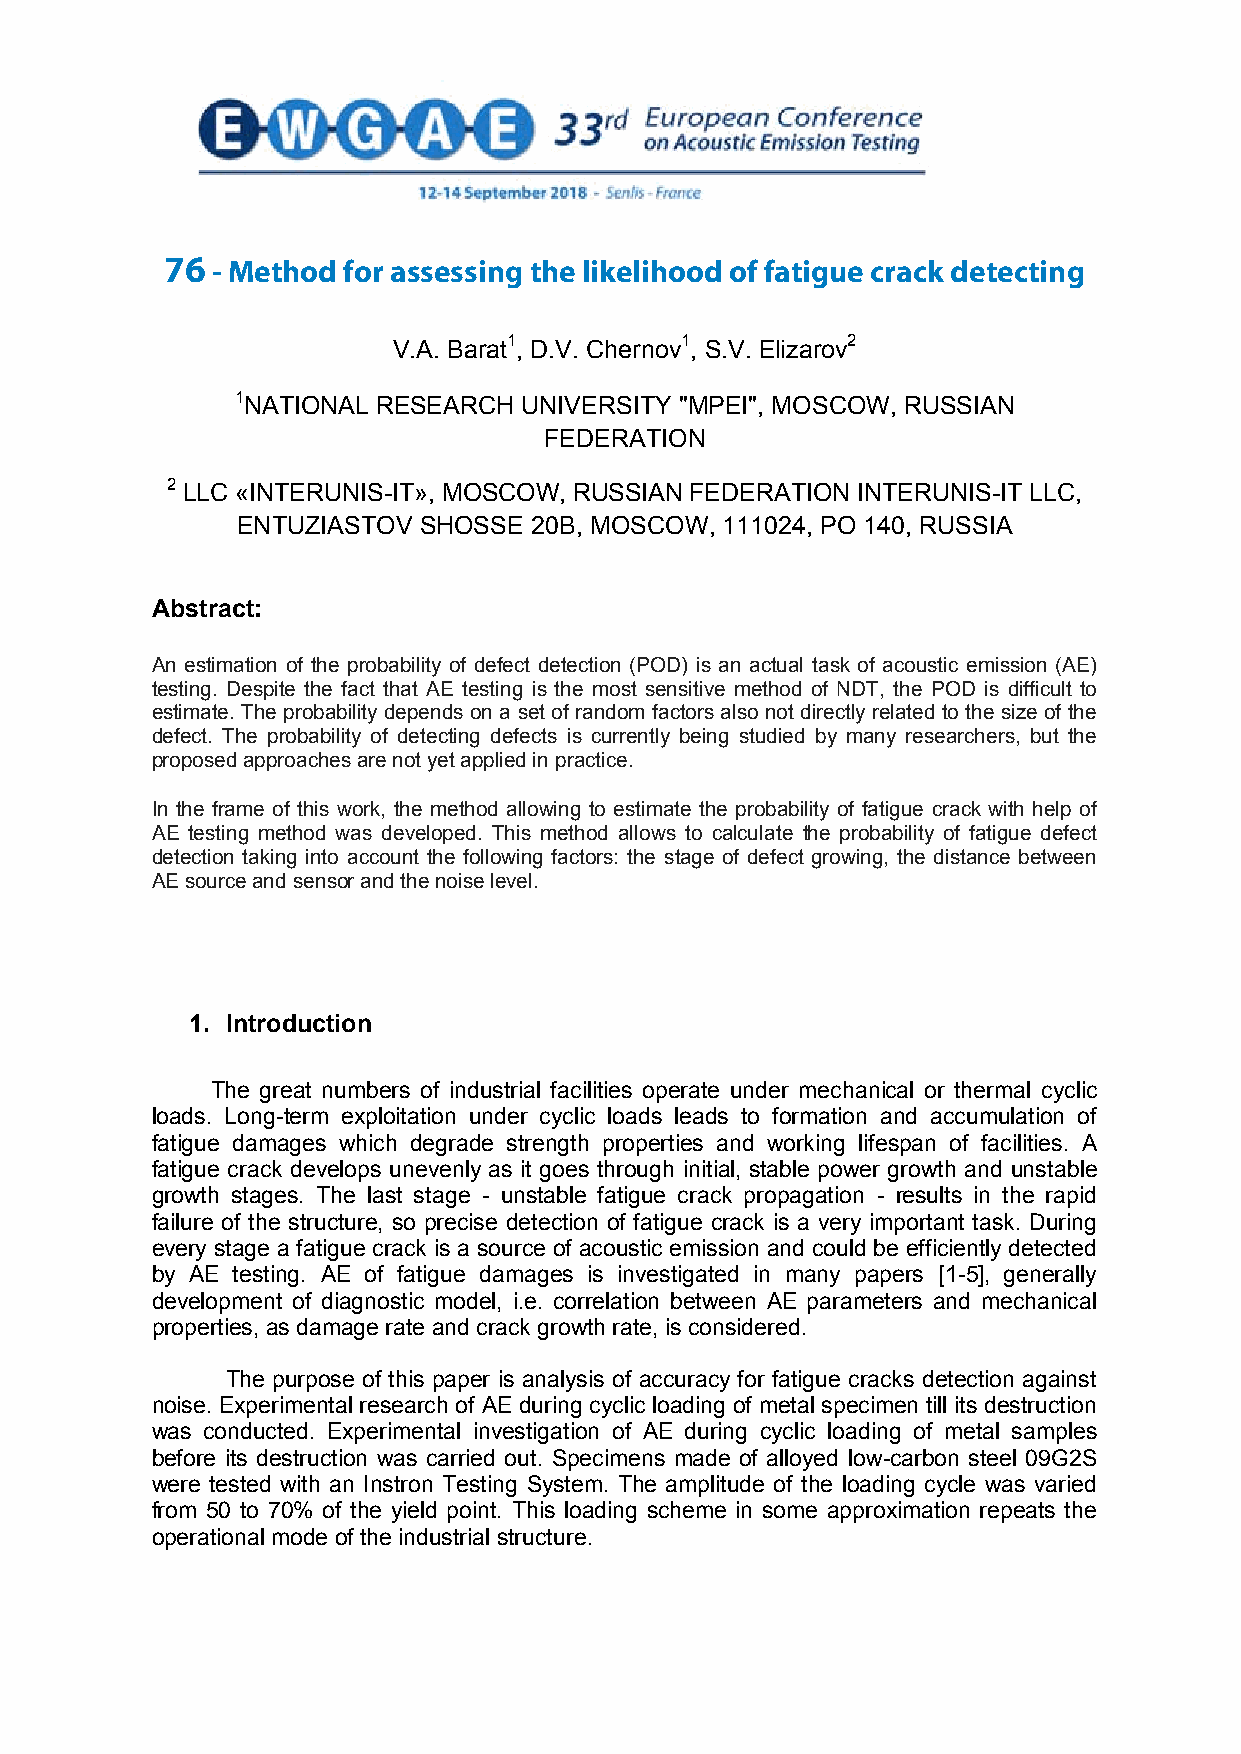
76 - Method for assessing the likelihood of fatigue crack detecting
 V.A. Barat1, D.V. Chernov1, S.V. Elizarov2
 1NATIONAL RESEARCH UNIVERSITY "MPEI", MOSCOW, RUSSIAN
 FEDERATION
 2 LLC «INTERUNIS-IT», MOSCOW, RUSSIAN FEDERATION INTERUNIS-IT LLC,
 ENTUZIASTOV SHOSSE 20B, MOSCOW, 111024, PO 140, RUSSIA
 Abstract:
 An estimation of the probability of defect detection (POD) is an actual task of acoustic emission (AE)
 testing. Despite the fact that AE testing is the most sensitive method of NDT, the POD is difficult to
 estimate. The probability depends on a set of random factors also not directly related to the size of the
 defect. The probability of detecting defects is currently being studied by many researchers, but the
 proposed approaches are not yet applied in practice.
 In the frame of this work, the method allowing to estimate the probability of fatigue crack with help of
 AE testing method was developed. This method allows to calculate the probability of fatigue defect
 detection taking into account the following factors: the stage of defect growing, the distance between
 AE source and sensor and the noise level.
 1. Introduction
 The great numbers of industrial facilities operate under mechanical or thermal cyclic
 loads. Long-term exploitation under cyclic loads leads to formation and accumulation of
 fatigue damages which degrade strength properties and working lifespan of facilities. A
 fatigue crack develops unevenly as it goes through initial, stable power growth and unstable
 growth stages. The last stage - unstable fatigue crack propagation - results in the rapid
 failure of the structure, so precise detection of fatigue crack is a very important task. During
 every stage a fatigue crack is a source of acoustic emission and could be efficiently detected
 by AE testing. AE of fatigue damages is investigated in many papers [1-5], generally
 development of diagnostic model, i.e. correlation between AE parameters and mechanical
 properties, as damage rate and crack growth rate, is considered.
 The purpose of this paper is analysis of accuracy for fatigue cracks detection against
 noise. Experimental research of AE during cyclic loading of metal specimen till its destruction
 was conducted. Experimental investigation of AE during cyclic loading of metal samples
 before its destruction was carried out. Specimens made of alloyed low-carbon steel 09G2S
 were tested with an Instron Testing System. The amplitude of the loading cycle was varied
 from 50 to 70% of the yield point. This loading scheme in some approximation repeats the
 operational mode of the industrial structure.
 1